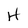
Character: W